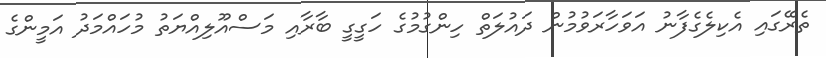
ތެރޭގައި އެކިލެގެފާނު އަވަހާރަވުމުން ދައުލަތް ހިންގުމުގެ ހަގީގީ ބާރާއި މަސްއޫލިއްޔަތު މުހައްމަދު އަމީންގެ